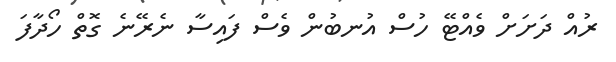
ރުއް ދަށަށް ވެއްޓޭ ހުސް އުނބުން ވެސް ފައިސާ ނެރޭނެ ގޮތް ހޯދާފަ